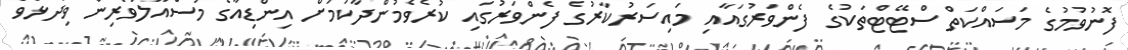
ފޮނުވުމުގެ މަސައްކަތް ސްޓޭޓްތަކުގެ ފެންވަރުގައާއި މައިސަރުކާރުގެ ފެންވަރުގައި ކުރެވެމުންދާކަމަށް އިންޑިއާގެ މަސްއޫލުވެރިން ވިދާޅުވެ